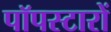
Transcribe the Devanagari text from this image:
पॉपस्टारों